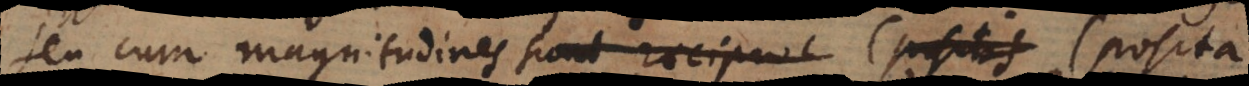
seu cum magnitudines sunt reciproc (positis (posita